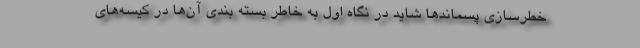
خطرسازی پسماند‌ها شاید در نگاه اول به خاطر بسته بندی آن‌ها در کیسه‌های